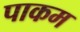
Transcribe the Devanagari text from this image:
पाकम